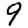
Digit: 9